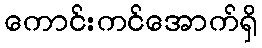
ကောင်းကင်အောက်ရှိ